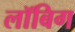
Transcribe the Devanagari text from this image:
लॉबिग